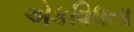
એકવિધતા